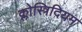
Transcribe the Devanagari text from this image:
क्लोस्त्रिदियम